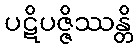
ပဋိပဇ္ဇိဿန္တိ